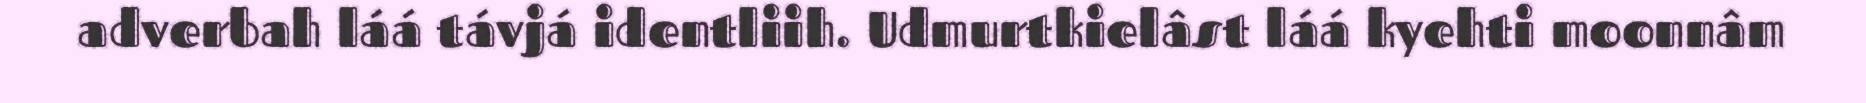
adverbah láá távjá identliih. Udmurtkielâst láá kyehti moonnâm